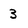
Character: 3